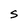
Character: S